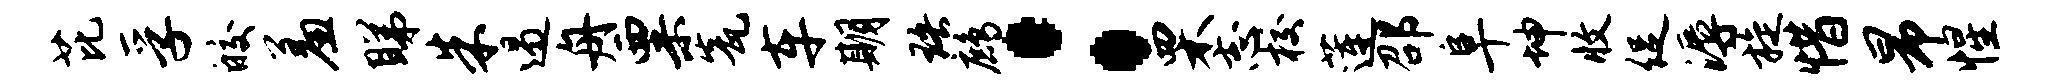
芘孚皎羞睇朱遏舟粟瓮车期珞鹧：栗志校莲邵阜坤收促溽旋惜昂惺